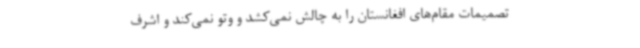
تصمیمات مقام‌های افغانستان را به چالش نمی‌کشد و وتو نمی‌کند و اشرف